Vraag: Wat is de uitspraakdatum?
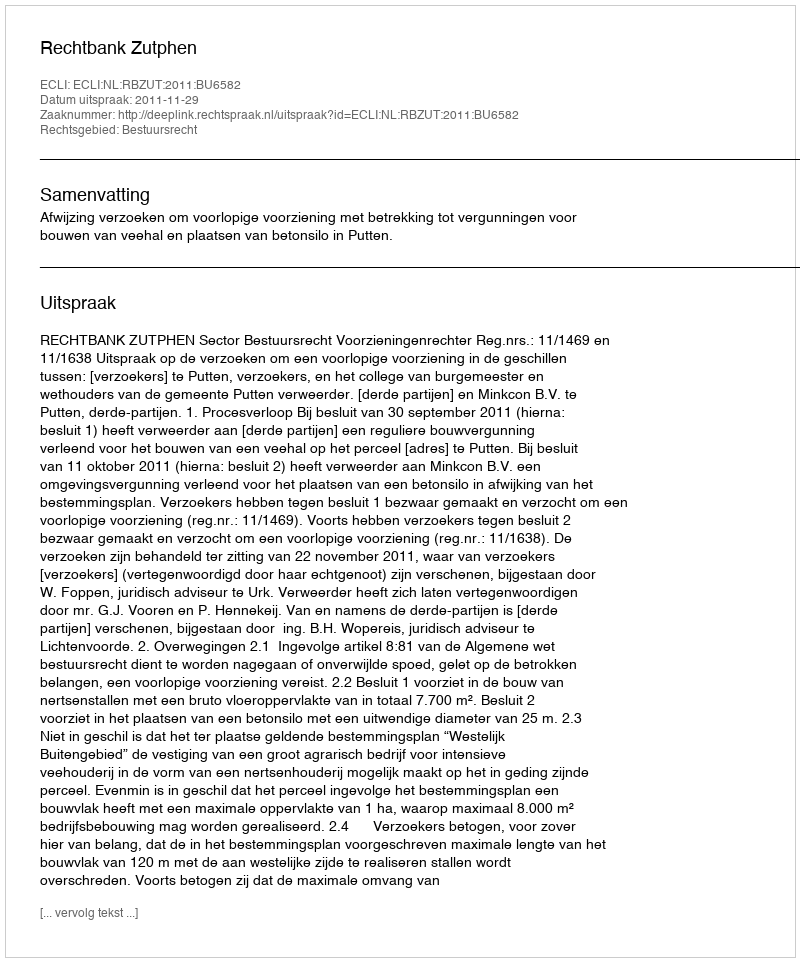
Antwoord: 2011-11-29